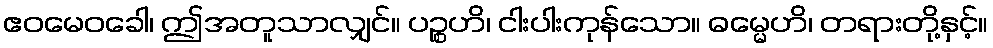
ဧဝမေဝခေါ၊ ဤအတူသာလျှင်။ ပဉ္စဟိ၊ ငါးပါးကုန်သော။ ဓမ္မေဟိ၊ တရားတို့နှင့်။